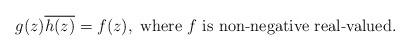
LaTeX: \begin{align*}g(z)\overline{h(z)}=f(z),\mbox{ where $f$ is non-negative real-valued.}\end{align*}